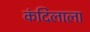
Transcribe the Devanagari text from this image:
कंदिलाला